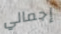
إجمالي